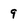
Character: 9